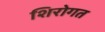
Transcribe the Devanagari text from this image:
शिरोगत